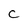
Character: C